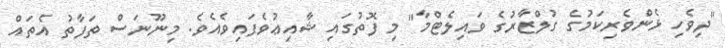
"ދިވެހި ޅެންވެރިކަމުގެ ގުލްޒާރުގެ ވައިލެޓްމާ" މި ފޮތުގައި ޝާއިޢުވެފައިވެއެވެ. މިނޫނަސް ތަފާތު އެތައް